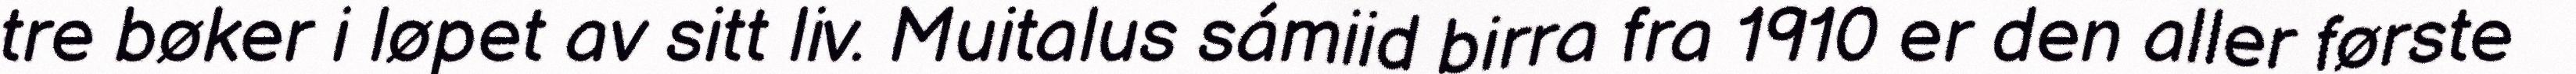
tre bøker i løpet av sitt liv. Muitalus sámiid birra fra 1910 er den aller første